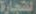
التجارة